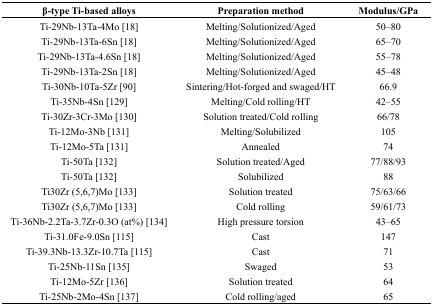
<table><thead><tr><td><b>β-type Ti-based alloys</b></td><td><b>Preparation method</b></td><td><b>Modulus/GPa</b></td></tr></thead><tbody><tr><td>Ti-29Nb-13Ta-4Mo [18]</td><td>Melting/Solutionized/Aged</td><td>50–80</td></tr><tr><td>Ti-29Nb-13Ta-6Sn [18]</td><td>Melting/Solutionized/Aged</td><td>65–70</td></tr><tr><td>Ti-29Nb-13Ta-4.6Sn [18]</td><td>Melting/Solutionized/Aged</td><td>55–78</td></tr><tr><td>Ti-29Nb-13Ta-2Sn [18]</td><td>Melting/Solutionized/Aged</td><td>45–48</td></tr><tr><td>Ti-30Nb-10Ta-5Zr [90]</td><td>Sintering/Hot-forged and swaged/HT</td><td>66.9</td></tr><tr><td>Ti-35Nb-4Sn [129]</td><td>Melting/Cold rolling/HT</td><td>42–55</td></tr><tr><td>Ti-30Zr-3Cr-3Mo [130]</td><td>Solution treated/Cold rolling</td><td>66/78</td></tr><tr><td>Ti-12Mo-3Nb [131]</td><td>Melting/Solubilized</td><td>105</td></tr><tr><td>Ti-12Mo-5Ta [131]</td><td>Annealed</td><td>74</td></tr><tr><td>Ti-50Ta [132]</td><td>Solution treated/Aged</td><td>77/88/93</td></tr><tr><td>Ti-50Ta [132]</td><td>Solubilized</td><td>88</td></tr><tr><td>Ti30Zr (5,6,7)Mo [133]</td><td>Solution treated</td><td>75/63/66</td></tr><tr><td>Ti30Zr (5,6,7)Mo [133]</td><td>Cold rolling</td><td>59/61/73</td></tr><tr><td>Ti-36Nb-2.2Ta-3.7Zr-0.3O (at%) [134]</td><td>High pressure torsion</td><td>43–65</td></tr><tr><td>Ti-31.0Fe-9.0Sn [115]</td><td>Cast</td><td>147</td></tr><tr><td>Ti-39.3Nb-13.3Zr-10.7Ta [115]</td><td>Cast</td><td>71</td></tr><tr><td>Ti-25Nb-11Sn [135]</td><td>Swaged</td><td>53</td></tr><tr><td>Ti-12Mo-5Zr [136]</td><td>Solution treated</td><td>64</td></tr><tr><td>Ti-25Nb-2Mo-4Sn [137]</td><td>Cold rolling/aged</td><td>65</td></tr></tbody></table>